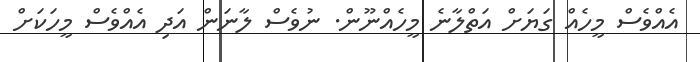
އެއްވެސް މީހެއް ގަޔަށް އަތްލާނެ މީހެއްނޫން. ނުވެސް ލާނަން އަދި އެއްވެސް މީހަކަށް